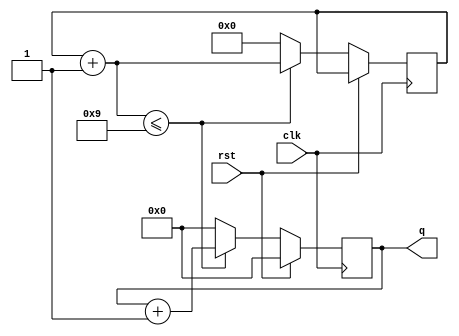
module mod_10(clk,q,rst);
input clk,rst;
output [3:0]q;
reg [3:0]q=4'b0;
reg [4:0]a=5'd0;
always@(posedge clk)
begin
if(rst)
q<=0;
else
begin
a = a+1;
if(a<=9)
q<=q+1;
else
begin
a=0;
q<=0;
end
end
end
endmodule